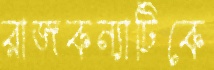
রাজকন্যাটিকে